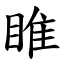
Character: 睢